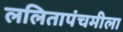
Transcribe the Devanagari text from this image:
ललितापंचमीला